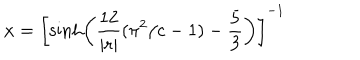
x = \left[ \sinh \left( \frac { 1 2 } { \mid r \mid } ( \pi ^ { 2 } / c - 1 ) - \frac { 5 } { 3 } \right) \right] ^ { - 1 }